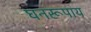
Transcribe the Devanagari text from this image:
घनरूपाय